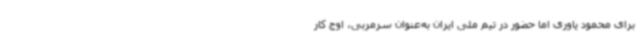
برای محمود یاوری اما حضور در تیم ملی ایران به‌عنوان سرمربی، اوج کار